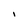
Character: I